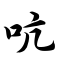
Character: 吭